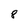
Character: 8